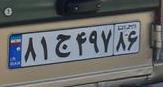
۸۱ج۴۹۷۸۶